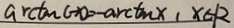
\arctan c \rightarrow - \arctan x 1 x \in R )